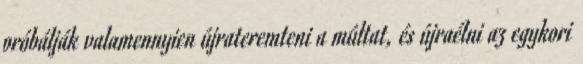
próbálják valamennyien újrateremteni a múltat, és újraélni az egykori